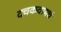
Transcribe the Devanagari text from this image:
दचकवायचं